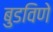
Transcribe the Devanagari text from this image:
बुडविणे